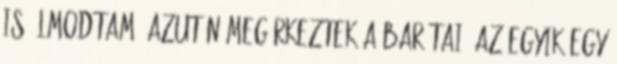
is álmodtam. Azután megérkeztek a barátai. Az egyik egy